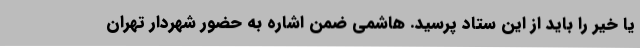
یا خیر را باید از این ستاد پرسید. هاشمی ضمن اشاره به حضور شهردار تهران